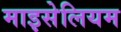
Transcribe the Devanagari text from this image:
माइसेलियम